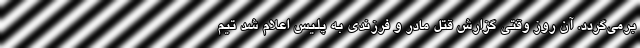
برمی‌گردد. آن روز وقتی گزارش قتل مادر و فرزندی به پلیس اعلام شد تیم